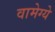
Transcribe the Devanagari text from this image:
वामेग्ये